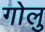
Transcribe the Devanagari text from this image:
गोलु